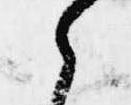
之